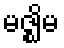
မဇ္ဈိမ